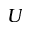
U